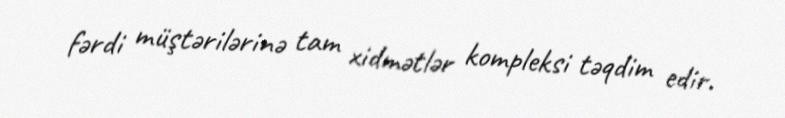
fərdi müştərilərinə tam xidmətlər kompleksi təqdim edir.